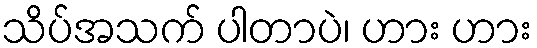
သိပ်အသက် ပါတာပဲ၊ ဟား ဟား